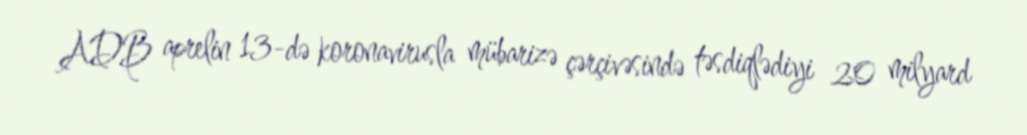
ADB aprelin 13-də koronavirusla mübarizə çərçivəsində təsdiqlədiyi 20 milyard